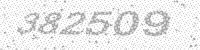
Solution: 382509